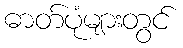
ဓာတ်ပုံများတွင်